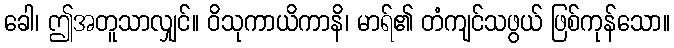
ခေါ၊ ဤအတူသာလျှင်။ ဝိသုကာယိကာနိ၊ မာရ်၏ တံကျင်သဖွယ် ဖြစ်ကုန်သော။